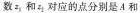
数z_{1}和z_{2}对应的点分别是A和